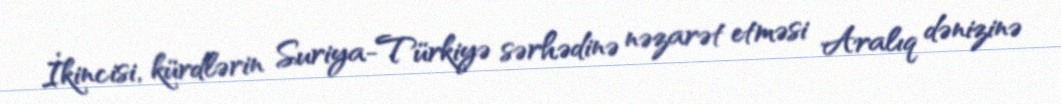
İkincisi, kürdlərin Suriya-Türkiyə sərhədinə nəzarət etməsi Aralıq dənizinə